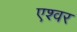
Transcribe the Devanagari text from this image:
एश्वर